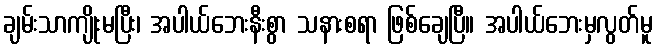
ချမ်းသာကျိုးမပြီး၊ အပါယ်ဘေးနီးစွာ သနားစရာ ဖြစ်ချေပြီ။ အပါယ်ဘေးမှလွတ်မူ